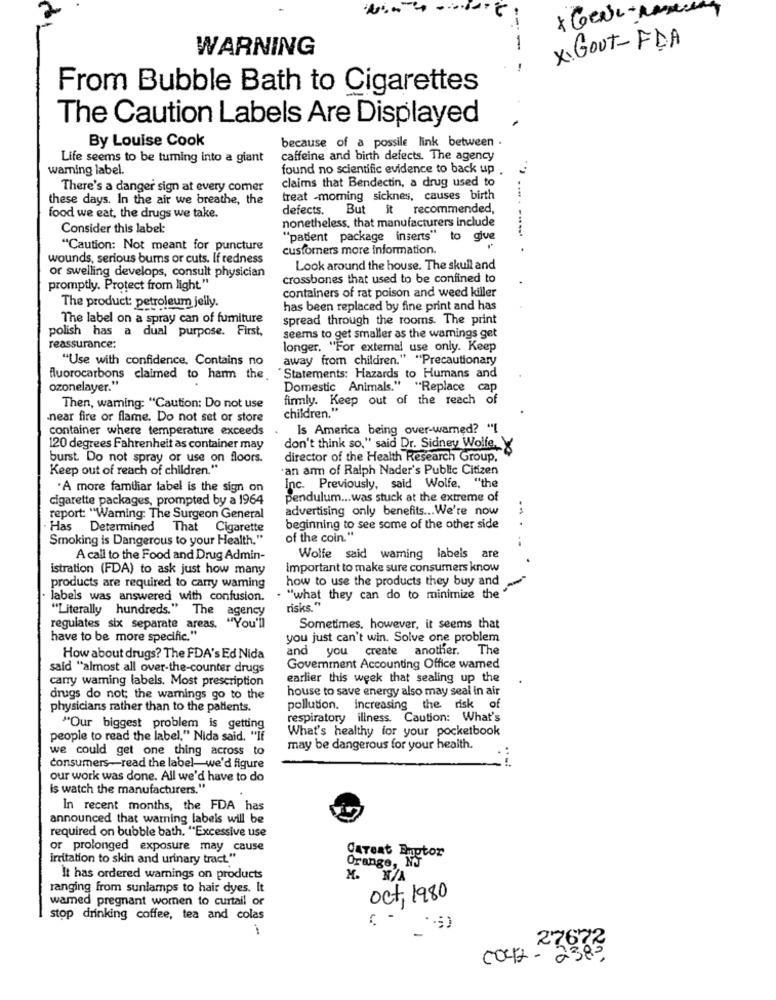
WARNING
---
x. Govt-FDA
From Bubble Bath to Cigarettes
The Caution Labels Are Displayed
By Louise Cook
because of a possile link between .
Life seems to be turning into a giant
caffeine and birth defects. The agency
waming label.
found no scientific evidence to back up
claims that Bendectin, a drug used to
There's a danger sign at every comer
these days. In the air we breathe, the
treat -moming sicknes, causes birth
defects. But it recommended,
food we eat, the drugs we take.
nonetheless, that manufacturers include
Consider this label:
"patient package inserts" to give
"Caution: Not meant for puncture
customers more Information.
wounds, serious bums or cuts. If redness
Look around the house. The skull and
or swelling develops, consult physician
crossbones that used to be confined to
promptly. Protect from light"
containers of rat poison and weed killer
The product: petroleum jelly.
has been replaced by fine print and has
The label on a spray can of fumiture
spread through the rooms. The print
polish has
a dual purpose. First,
seems to get smaller as the warnings get
reassurance:
longer. "For external use only. Keep
"Use with confidence, Contains no
away from children." "Precautionary
fluorocarbons claimed to harm the.
Statements: Hazards to Humans and
ozonelayer."
Domestic Animals." "Replace cap
firmly. Keep out of the reach of
Then, warning: "Caution: Do not use
children."
near fire or flame. Do not set or store
container where temperature exceeds
Is America being over-warned? "[
120 degrees Fahrenheit as container may
don't think so," said Dr. Sidney Wolfe,Y
burst. Do not spray or use on floors.
director of the Health Research Group.
Keep out of reach of children."
'an arm of Ralph Nader's Public Citizen
.A more familiar label is the sign on
Inc. Previously, said Wolfe, "the
cigarette packages, prompted by a 1964
pendulum ... was stuck at the extreme of
advertising only benefits ... We're now
report: "Warning: The Surgeon General
· Has Determined That Cigarette
beginning to see some of the other side
-. .
Smoking is Dangerous to your Health."
of the coin."
A call to the Food and Drug Admin-
Wolfe said waming labels are
istration (FDA) to ask just how many
important to make sure consumers know
how to use the products they buy and
products are required to carry waming
labels was answered with confusion.
. "what they can do to minimize the "
"Literally hundreds." The agency
risks."
regulates six separate areas. "You'll
Sometimes. however, it seems that
have to be more specific."
you just can't win. Solve one problem
and you create another.
The
How about drugs? The FDA's Ed Nida
said "almost all over-the-counter drugs
Goverment Accounting Office wamed
cany waming labels. Most prescription
earlier this week that sealing up the
house to save energy also may seal in air
drugs do not; the warnings go to the
physicians rather than to the patients.
pollution. increasing the risk of
respiratory illness. Caution: What's
"Our biggest problem is getting
What's healthy for your pocketbook
people to read the label," Nida said. "If
we could get one thing across to
may be dangerous for your health.
consumers-read the label-we'd figure
our work was done. All we'd have to do
is watch the manufacturers."
In recent months, the FDA has
announced that warning labels will be
required on bubble bath. "Excessive use
or prolonged exposure may cause
Careat Emptor
irritation to skin and urinary tract."
Orange, N
It has ordered warnings on products
M.
ranging from sunlamps to hair dyes. It
wamed pregnant women to curtail or
Oct 1980
stop drinking coffee, tea and colas
-
27672
co42 - 238 5